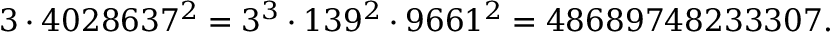
3 \cdot 4 0 2 8 6 3 7 ^ { 2 } = 3 ^ { 3 } \cdot 1 3 9 ^ { 2 } \cdot 9 6 6 1 ^ { 2 } = 4 8 6 8 9 7 4 8 2 3 3 3 0 7 .